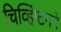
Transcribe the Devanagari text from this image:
चिव्हिंग्टनने